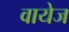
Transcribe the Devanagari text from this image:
वायेज